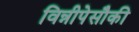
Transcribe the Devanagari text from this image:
विन्नीपेसौकी